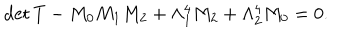
\mathrm { d e t } \, T - M _ { 0 } M _ { 1 } M _ { 2 } + \Lambda _ { 1 } ^ { 4 } M _ { 2 } + \Lambda _ { 2 } ^ { 4 } M _ { 0 } = 0 .